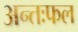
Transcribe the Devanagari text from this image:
अन्तःफल